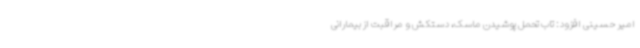
امیر حسینی افزود: تاب تحمل پوشیدن ماسک، دستکش و مراقبت از بیمارانی